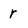
Character: r